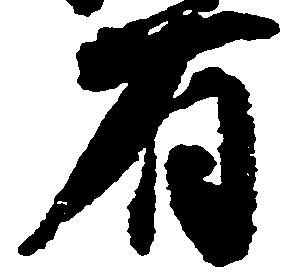
有